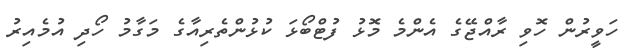
ހަވީރުން ހޮވި ރާއްޖޭގެ އެންމެ މޮޅު ފުޓްބޯޅަ ކުޅުންތެރިއާގެ މަގާމު ހޯދި އުމެއިރު